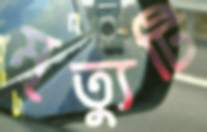
মৃত্যুটি